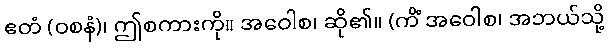
ဧတံ (ဝစနံ)၊ ဤစကားကို။ အဝေါစ၊ ဆို၏။ (ကိံ အဝေါစ၊ အဘယ်သို့